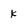
Character: k